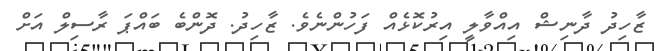
ޒާހިދު ދާނިޝް އިއްވާލީ އިރުކޮޅެއް ފަހުންނެވެ. ޒާހިދު. ދޮންބެ ބައްޕަ ރާސިލް އަށް